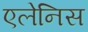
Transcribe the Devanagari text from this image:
एलेनिस